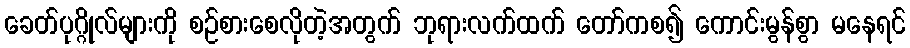
ခေတ်ပုဂ္ဂိုလ်များကို စဉ်စားစေလိုတဲ့အတွက် ဘုရားလက်ထက် တော်ကစ၍ ကောင်းမွန်စွာ မနေရင်